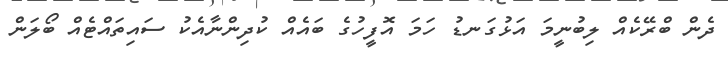
ދެން ބްރޭކެއް ލިބުނީމަ އަޅުގަނޑު ހަމަ އޮފީހުގެ ބައެއް ކުދިންނާއެކު ސައިތައްޓެއް ބޯލަން